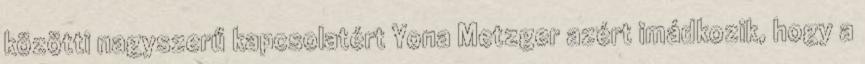
közötti nagyszerű kapcsolatért Yona Metzger azért imádkozik, hogy a